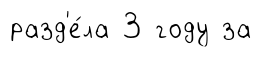
разд'е́ла 3 году за